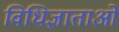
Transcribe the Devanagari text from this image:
विधिज्ञाताओं